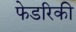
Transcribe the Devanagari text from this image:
फेडरिकी